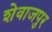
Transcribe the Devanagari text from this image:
शेवाजपुर